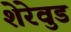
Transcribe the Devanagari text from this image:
शेरेवुड